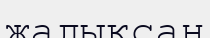
жалықсаң